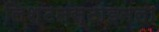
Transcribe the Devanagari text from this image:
लिश्टनस्टाइनला